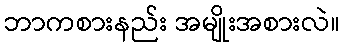
ဘာကစားနည်း အမျိုးအစားလဲ။